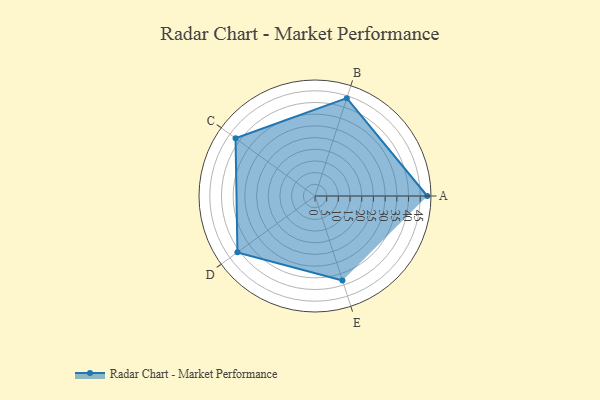
{"axis": {"x": "Skill", "y": "Score"}, "legend": ["Profile"], "data": [{"x": "A", "y": 48.0, "type": "Profile"}, {"x": "B", "y": 44.0, "type": "Profile"}, {"x": "C", "y": 42.0, "type": "Profile"}, {"x": "D", "y": 41.0, "type": "Profile"}, {"x": "E", "y": 38.0, "type": "Profile"}]}